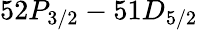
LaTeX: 52P_{3/2}-51D_{5/2}